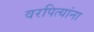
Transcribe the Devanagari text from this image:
वरपित्यांना